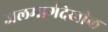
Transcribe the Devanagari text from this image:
जलमार्गदेखील